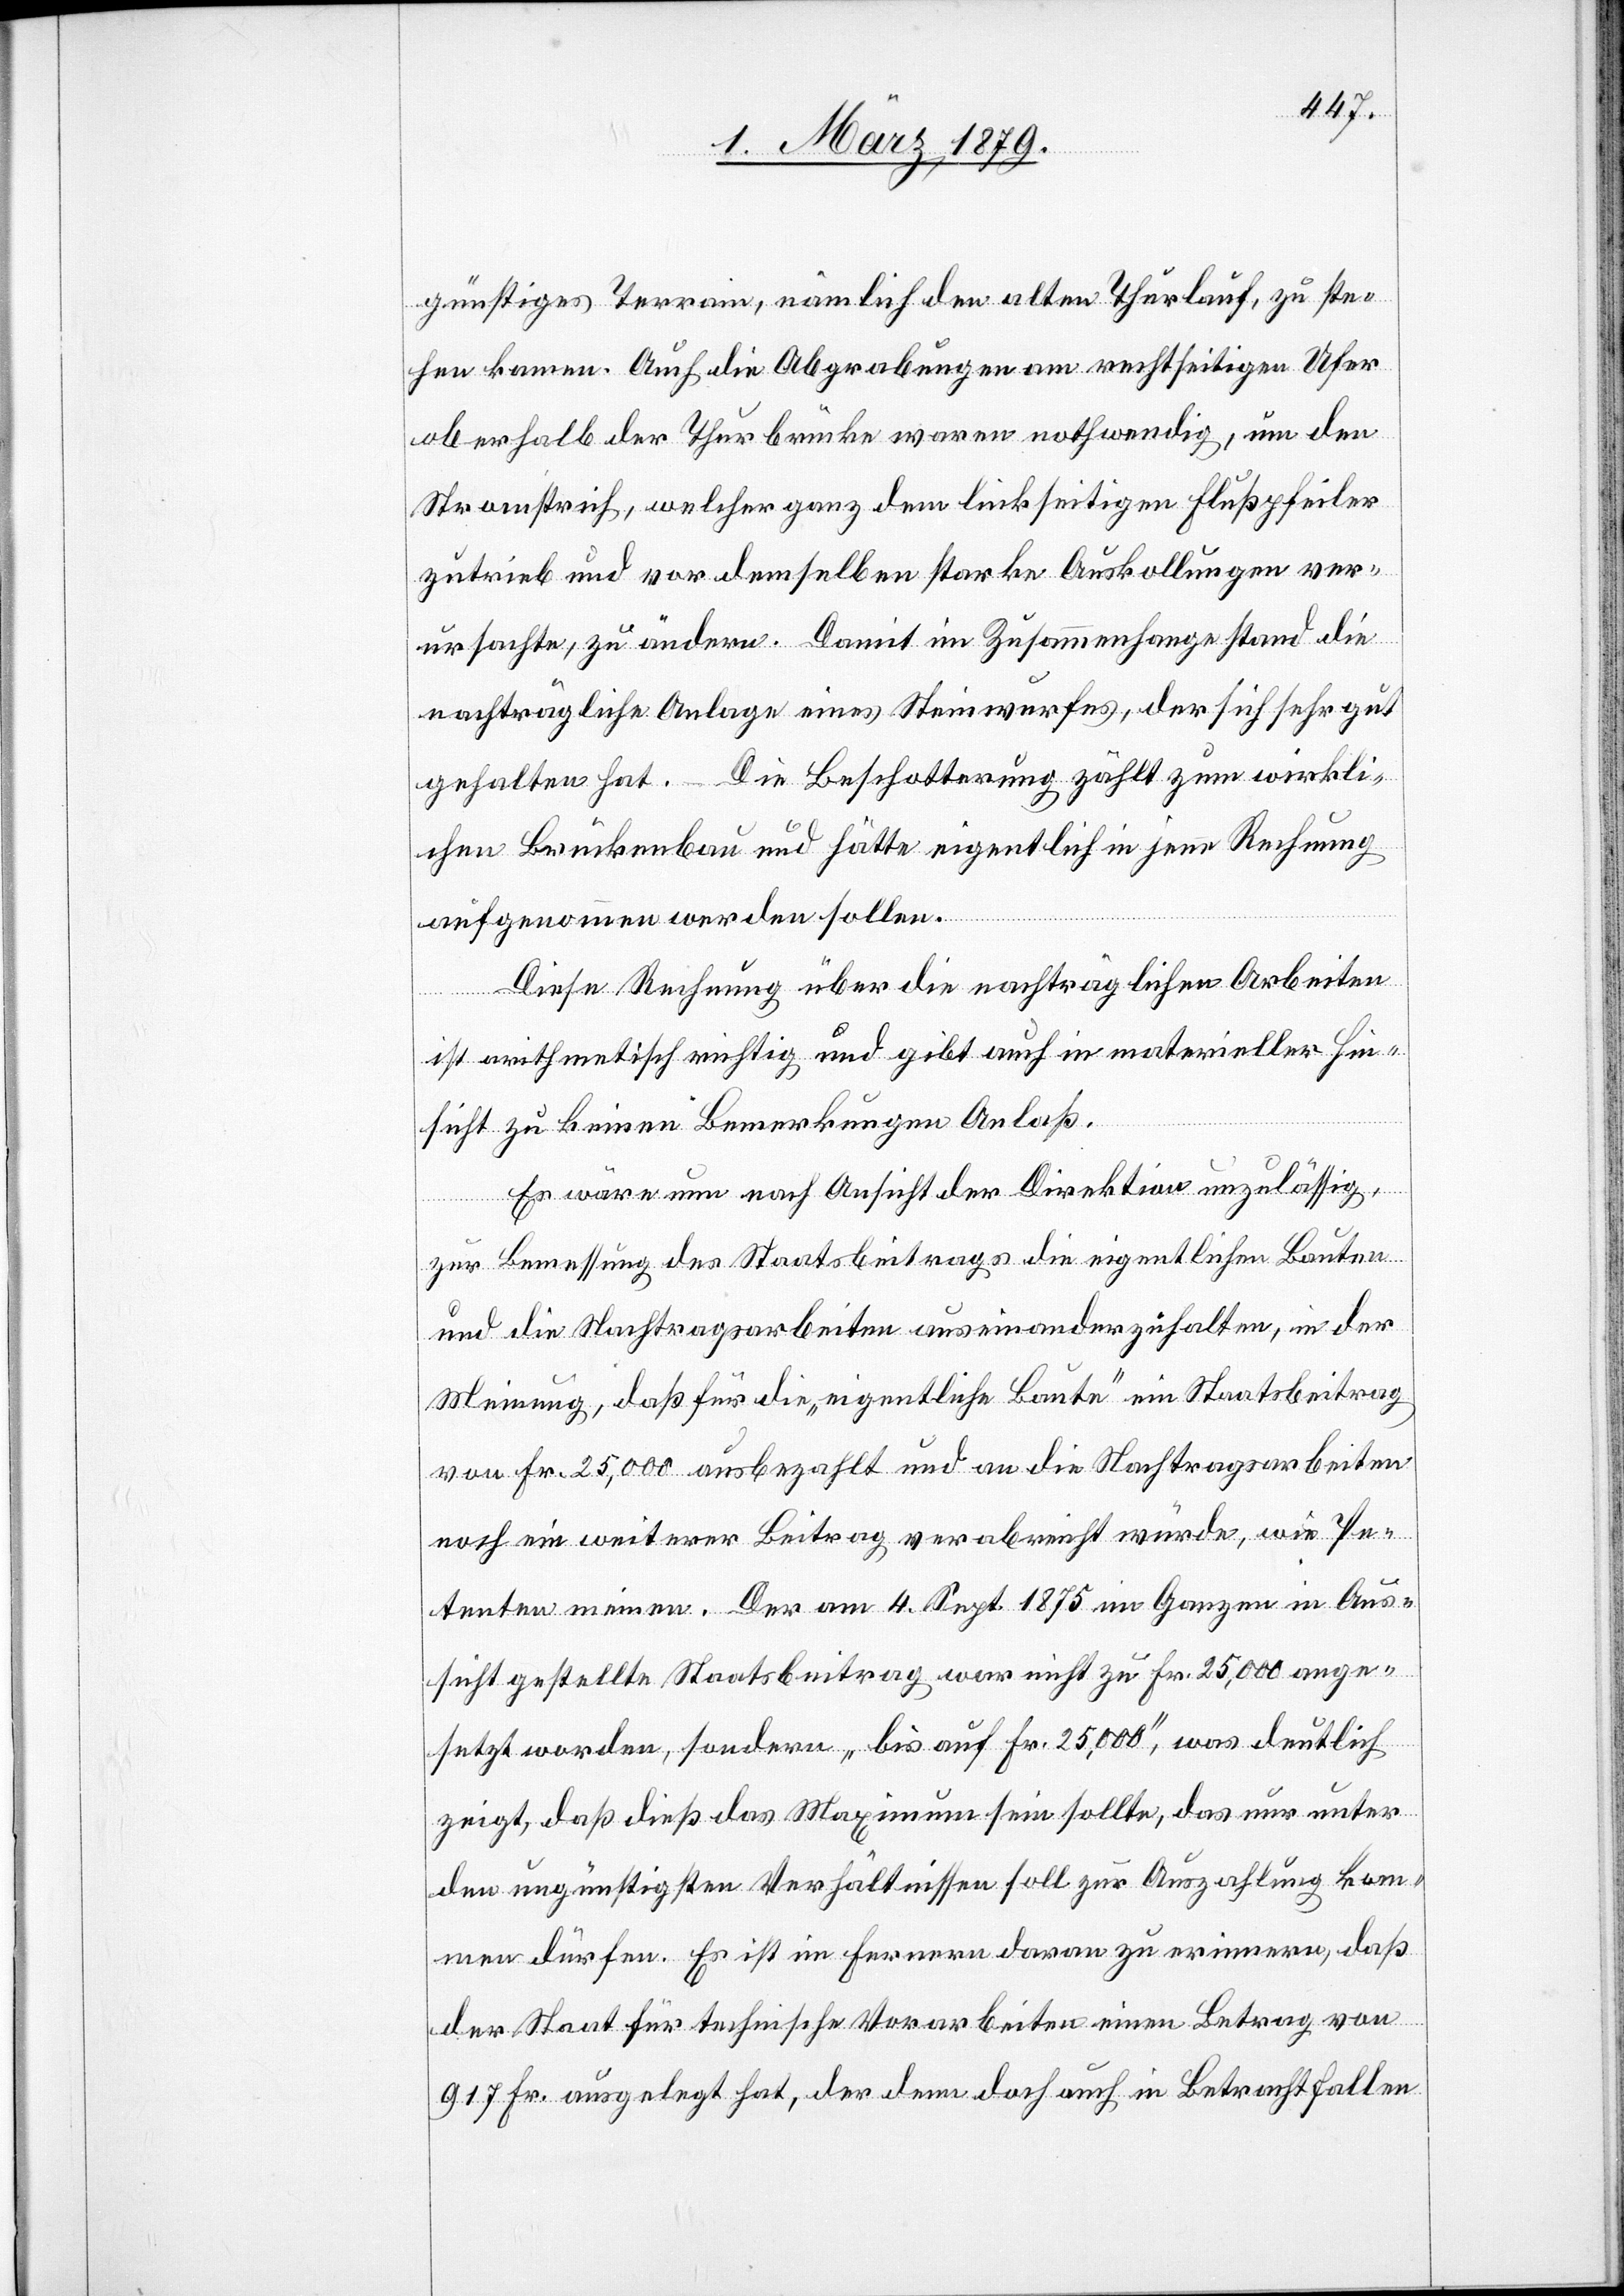
ver¬
günstiges Terrain, nämlich den alten Thurlauf, zu ste¬
hen kamen. Auch die Abgrabungen am rechtseitigen Ufer
oberhalb der Thurbrücke waren nothwendig, um den
Stromstrich, welcher ganz dem linkseitigen Flußpfeiler
zutrieb und vor demselben starke Auskollungen [r¬
ursachte, zu ändern. Damit im Zusammenhange stand die
nachträgliche Anlage eines Steinwurfes, der sich sehr gut
gehalten hat. – Die Beschotterung zählt zum wirkli¬
chen Brückenbau und hätte eigentlich in jene Rechnung
aufgenommen werden sollen.
Diese Rechnung über die nachträglichen Arbeiten
ngen]
ist arithmetisch richtig und gibt auch in materieller Hin¬
sicht zu keinen Bemerkungen Anlaß.
Es wäre nun nach Ansicht der Direktion unzuläßig,
zur Bemessung des Staatsbeitrages die eigentlichen Bauten
und die Nachtragsarbeiten auseinanderzuhalten, in der
Meinung, daß, für die „eigentliche Baute“ ein Staatsbeitrag
von Fr. 25,000 ausbezahlt und an die Nachtragsarbeiten
noch ein weiterer Beitrag verabreicht würde, wie Pe¬
tenten meinen. Der am 4. Sept. 1875 im Ganzen in Aus¬
sicht gestellte Staatsbeitrag war nicht zu Fr. 25,000 ange¬
setzt worden, sondern „bis auf Fr. 25,000“, was deutlich
zeigt, daß dieß das Maximum sein sollte, das nur unter
den ungünstigsten Verhältnissen soll zur Auszahlung kom¬
men dürfen. Es ist im Fernern daran zu erinnern, daß
der Staat für technische Vorarbeiten einen Betrag von
917 Fr. ausgelegt hat, der denn doch auch in Betracht fallen